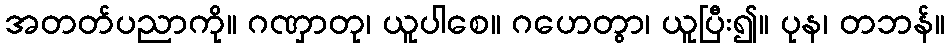
အတတ်ပညာကို။ ဂဏှာတု၊ ယူပါစေ။ ဂဟေတွာ၊ ယူပြီး၍။ ပုန၊ တဘန်။